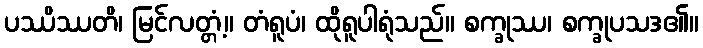
ပဿိဿတိ၊ မြင်လတ္တံ့။ တံရူပံ၊ ထိုရူပါရုံသည်။ စက္ခုဿ၊ စက္ခုပသဒ၏။